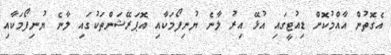
އެގޮތުން އާއްމުކޮށް ޑިއުޓީގައި އުޅޭ އިރު ލާނެ ޔުނިފޯމަކާއި އޮޕަރޭޝަންތަކުގައި ލާނެ ޔުނިފޯމަކާއި